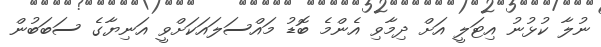
ނުލާ ކުޅުނު އިޓަލީ އަށް ދިމާވި އެންމެ ބޮޑު މައްސަލައަކަށްވީ އަނިޔާގެ ސަބަބުން